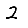
Digit: 2